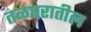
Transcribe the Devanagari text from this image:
तळघरातील